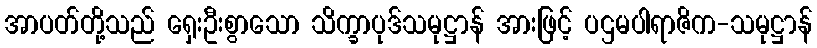
အာပတ်တို့သည် ရှေးဦးစွာသော သိက္ခာပုဒ်သမုဋ္ဌာန် အားဖြင့် ပဌမပါရာဇိက-သမုဋ္ဌာန်